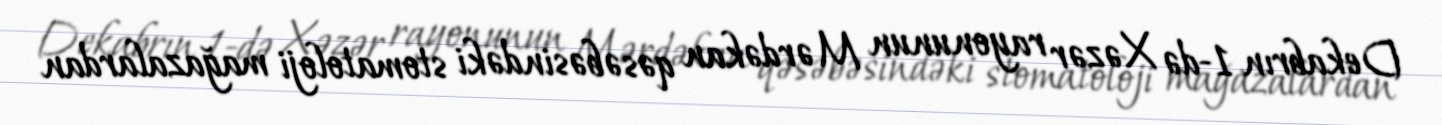
Dekabrın 1-də Xəzər rayonunun Mərdəkan qəsəbəsindəki stomatoloji mağazalardan